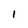
Character: l